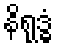
နိရုဒ္ဓံ